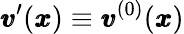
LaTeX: {\pmb v}^{\prime}({\pmb x})\equiv{\pmb v}^{(0)}({\pmb x})